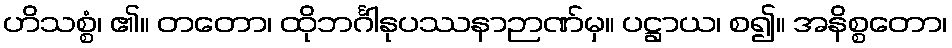
ဟိသစ္စံ၊ ၏။ တတော၊ ထိုဘင်္ဂါနုပဿနာဉာဏ်မှ။ ပဋ္ဌာယ၊ စ၍။ အနိစ္စတော၊